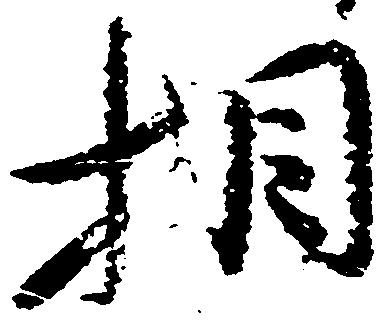
相